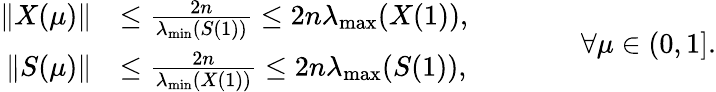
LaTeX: \begin{array}{rl}{\| X(\mu)\| }&{\le\frac{2n}{\lambda_{\operatorname*{min}}(S(1))}\le 2n\lambda_{\operatorname*{max}}(X(1)),}\\ {\| S(\mu)\| }&{\le\frac{2n}{\lambda_{\operatorname*{min}}(X(1))}\le 2n\lambda_{\operatorname*{max}}(S(1)),}\end{array}\qquad\qquad\forall\mu\in(0,1].